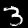
Digit: 3